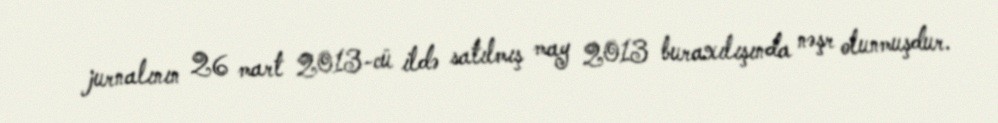
jurnalının 26 mart 2013-cü ildə satılmış may 2013 buraxılışında nəşr olunmuşdur.